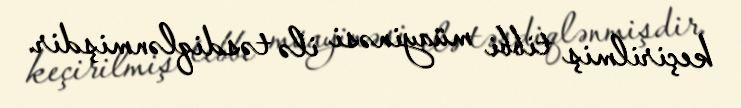
keçirilmiş tibbi müayinəsi ilə təsdiqlənmişdir.